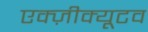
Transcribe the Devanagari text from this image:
एक्ज़ीक्यूटव